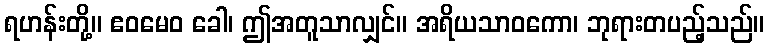
ရဟန်းတို့။ ဧဝမေဝ ခေါ၊ ဤအတူသာလျှင်။ အရိယသာဝကော၊ ဘုရားတပည့်သည်။